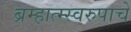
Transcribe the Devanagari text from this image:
ब्रम्हात्म्स्वरुपाचे